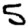
Digit: 5